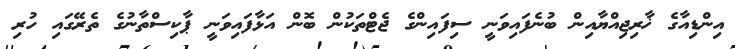
އިންޑިއާގެ ޚާރިޖިއްޔާއިން ބުނެފައިވަނީ ސިފައިންގެ ޖެޓްތަކުން ބޮން އަޅާފައިވަނީ ޕާކިސްތާނުގެ ތެރޭގައި ހުރި